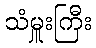
သံမှူးကြီး